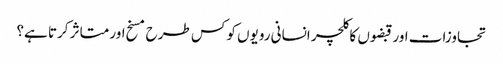
تجاوزات اور قبضوں کا کلچر انسانی رویوں کو کس طرح مسخ اور متاثر کرتا ہے؟